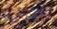
الفدية